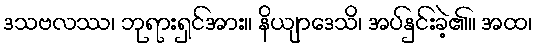
ဒသဗလဿ၊ ဘုရားရှင်အား။ နိယျာဒေသိ၊ အပ်နှင်းခဲ့၏။ အထ၊